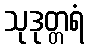
သုဒုတ္တရံ